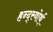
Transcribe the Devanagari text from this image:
हन्द्स्वोर्थ्